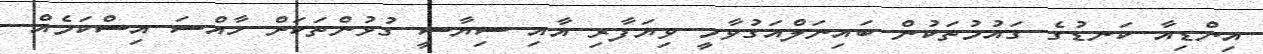
އިންޑިއާ ކަނޑުގެ ގައުމުތަކުން ބައިނަލްއަގުވާމީ ވިޔަފާރި އާއި ސިޔާސީ ގުޅުންތަކަށް ހާއްސަ އިސްކަމެއް